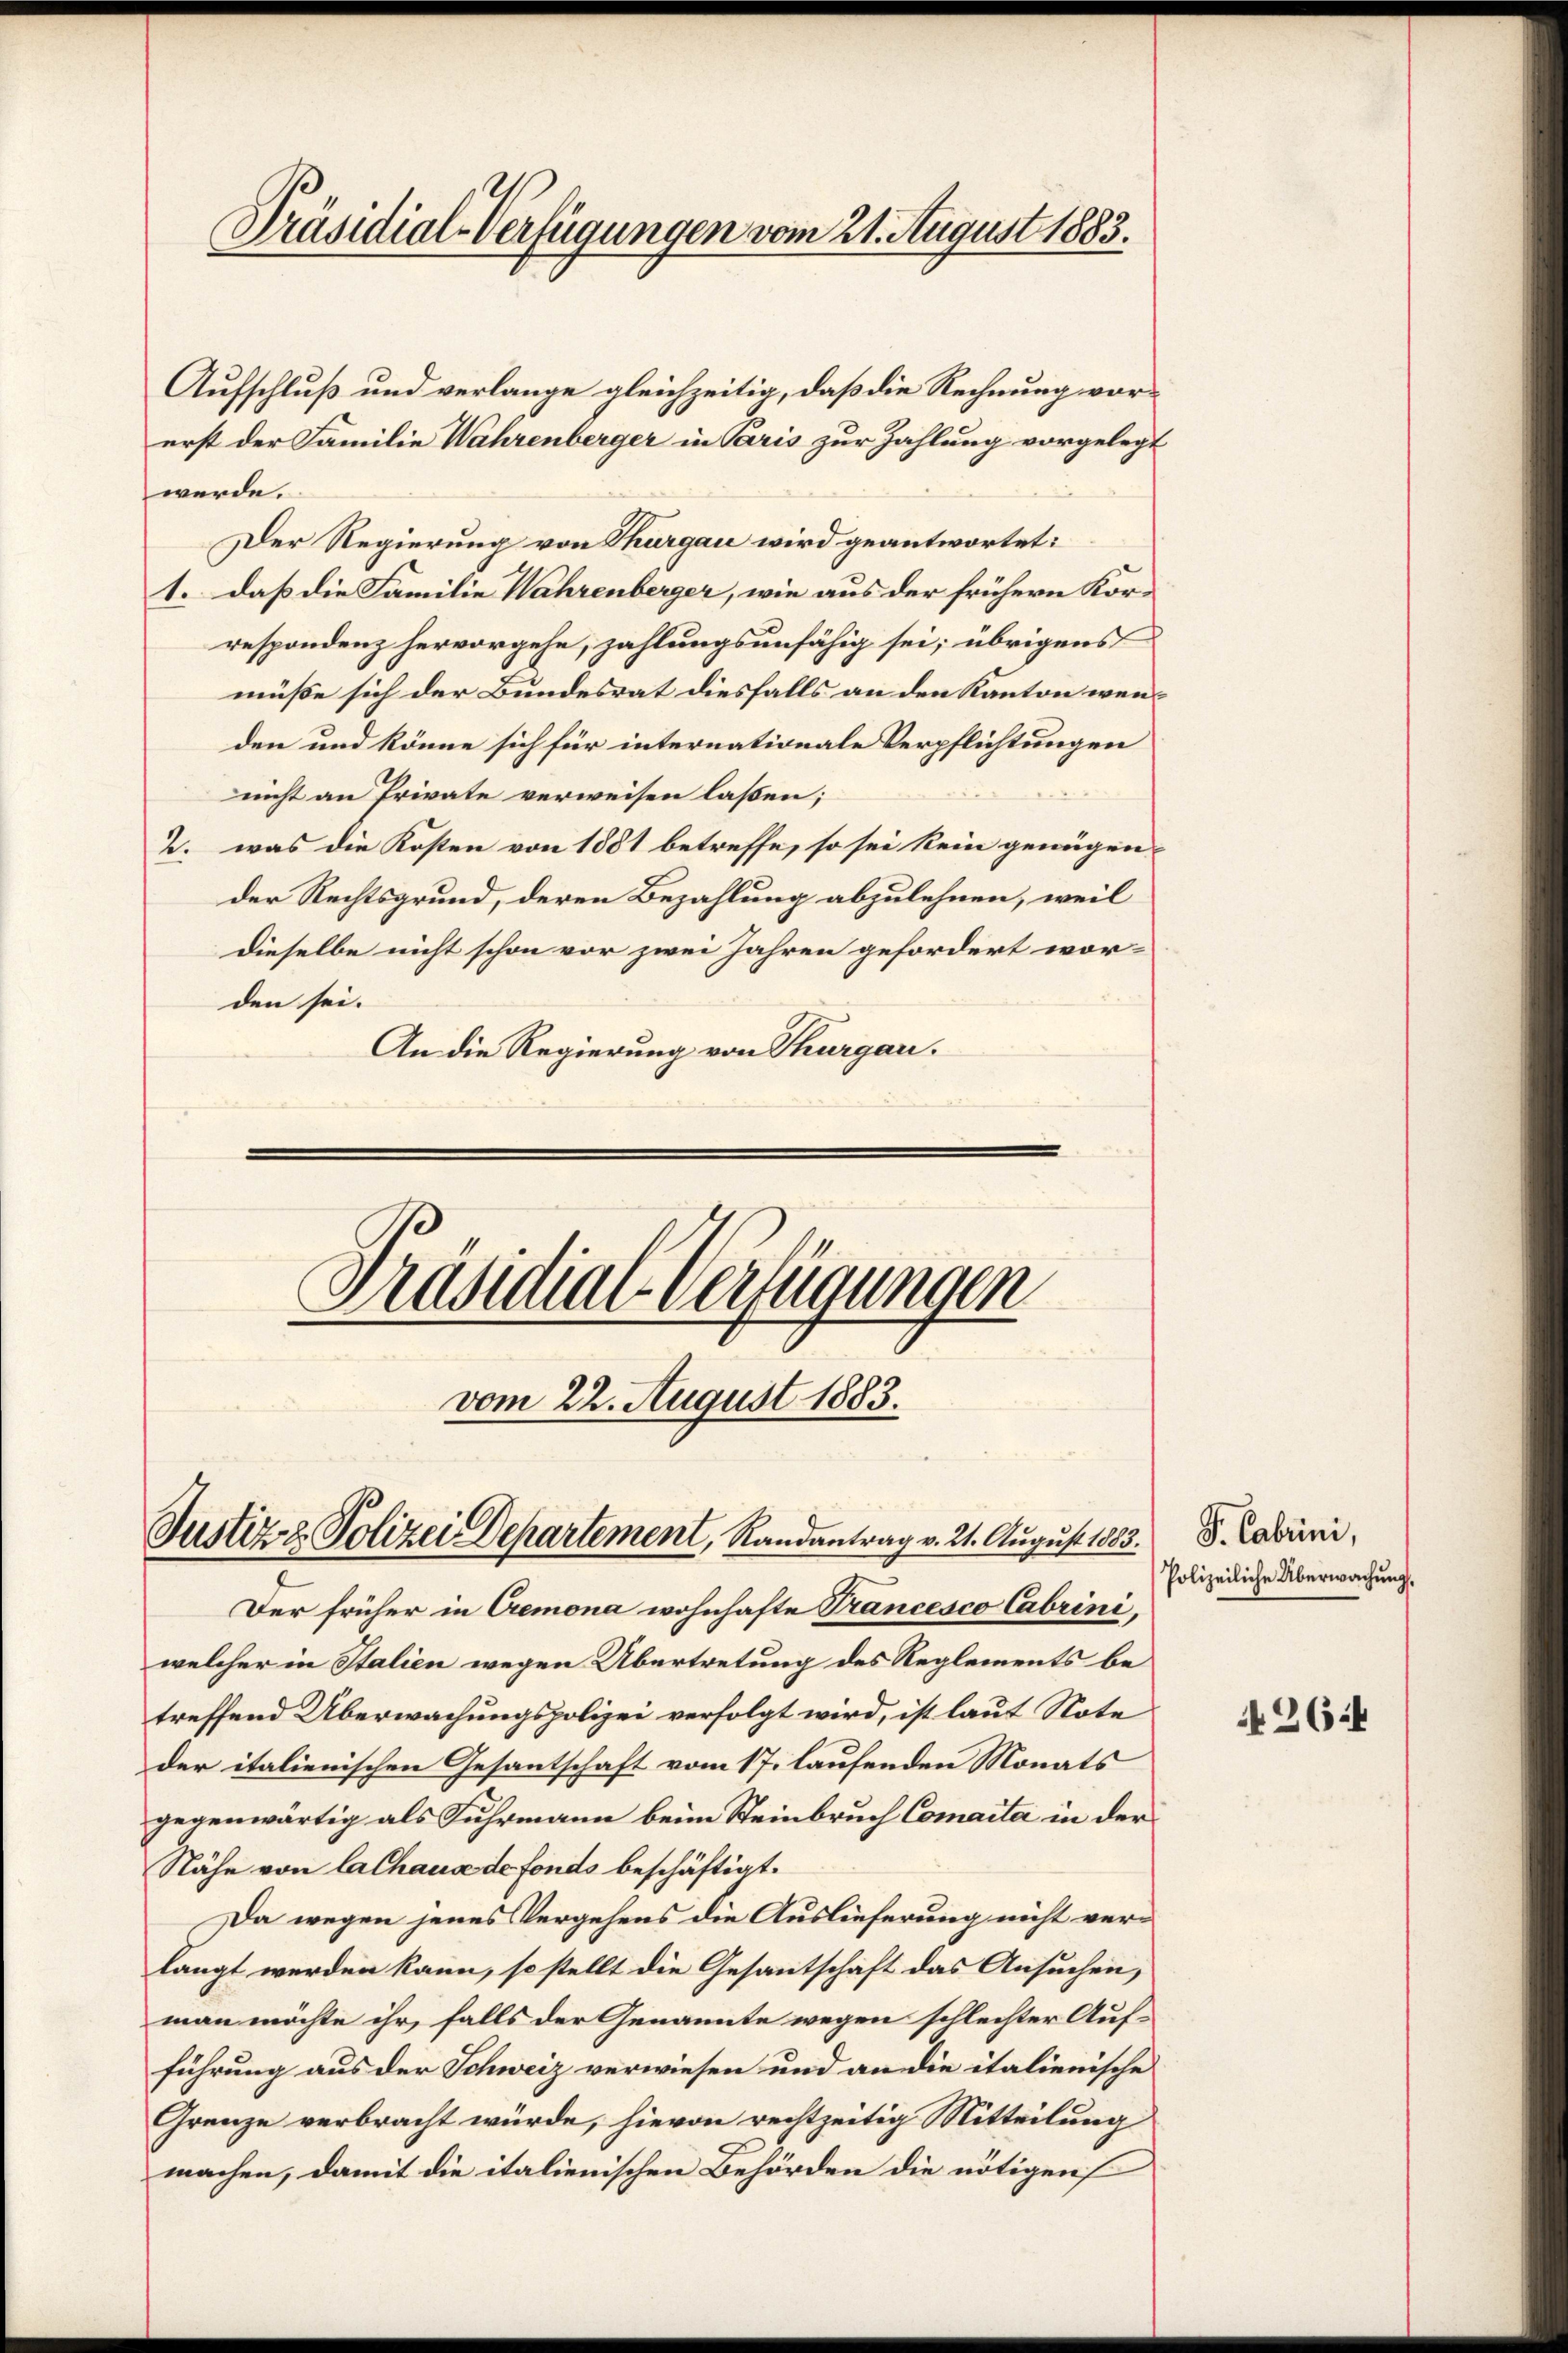
Präsidial-Verfügungen vom 21. August 1883.

Aufschluß und verlange gleichzeitig, daß die Rechnung vorerst der Familie Wahrenberger in Paris zur Zahlung vorgelegt
werde.
Der Regierung von Thurgau wird geantwortet:
1. daß die Familie Wahrenberger, wie aus der frühern Korrespondenz hervorgehe, zahlungsunfähig sei; übrigens
müße sich der Bundesrat diesfalls an den Kanton wenden und könne sich für internationale Verpflichtungen
nicht an Private verweisen laßen;
2. was die Kosten von 1881 betreffe, so sei kein genügen,
der Rechtsgrund, deren Bezahlung abzulehnen, weil
dieselbe nicht schon vor zwei Jahren gefordert worden sei.
An die Regierung von Thurgau.
Präsidial-Verfügungen

vom 22. August 1883.
Justiz & Polizei Departement, Randantrag v. 21. August 1883.

Der früher in Cremona wohnhafte Trancesco Cabrini,
welcher in Stalien wegen Übertretung des Reglements betreffend Überwachungspolizei verfolgt wird, ist laut Note
der italienischen Gesantschaft vom 17. laufenden Monats
gegenwärtig als Fuhrmann beim Steinbruch Comaita in der
Nähe von lalhaus de fonds beschäftigt.
Da wegen jenes Vergehens die Auslieferung nicht verlangt werden kann, so stellt die Gesantschaft das Ansuchen,
man möchte ihr, falls der Genannte wegen schlechter Aufführung aus der Schweiz verwiesen und an die italienische
Grenze verbracht würde, hievon rechtzeitig Mitteilung
machen, damit die italienischen Behörden die nötigen

F. Cabrini,
Polizeiliche Überwachung.

N264